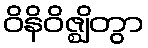
ဝိနိဝိဇ္ဈိတွာ